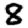
Digit: 8